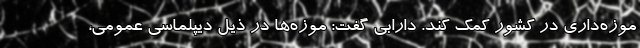
موزه‌داری در کشور کمک کند. دارابی گفت: موزه‌ها در ذیل دیپلماسی عمومی،